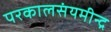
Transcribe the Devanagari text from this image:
परकालसंयमीन्द्र